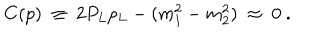
C ( p ) \ \equiv \ 2 P _ { L } p _ { L } - ( m _ { 1 } ^ { 2 } - m _ { 2 } ^ { 2 } ) \ \approx \ 0 \ .